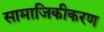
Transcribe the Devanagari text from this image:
सामाजिकीकरण